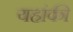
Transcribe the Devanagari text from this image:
यहांकी